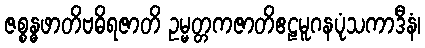
ဇစ္စန္ဓဖာတိဗဓိရဇာတိ ဥမ္မတ္တကဇာတိဧဠမူဂနပုံသကာဒီနံ၊